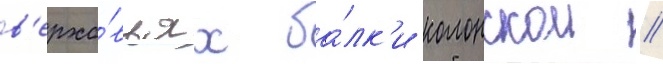
в'ерхо́вьях ба́лк'и колонскои //